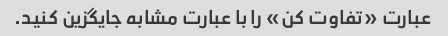
عبارت «تفاوت کن» را با عبارت مشابه جایگزین کنید.